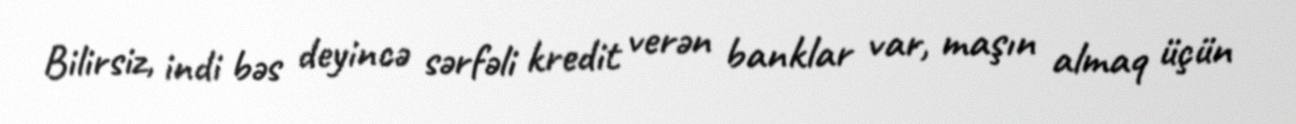
Bilirsiz, indi bəs deyincə sərfəli kredit verən banklar var, maşın almaq üçün